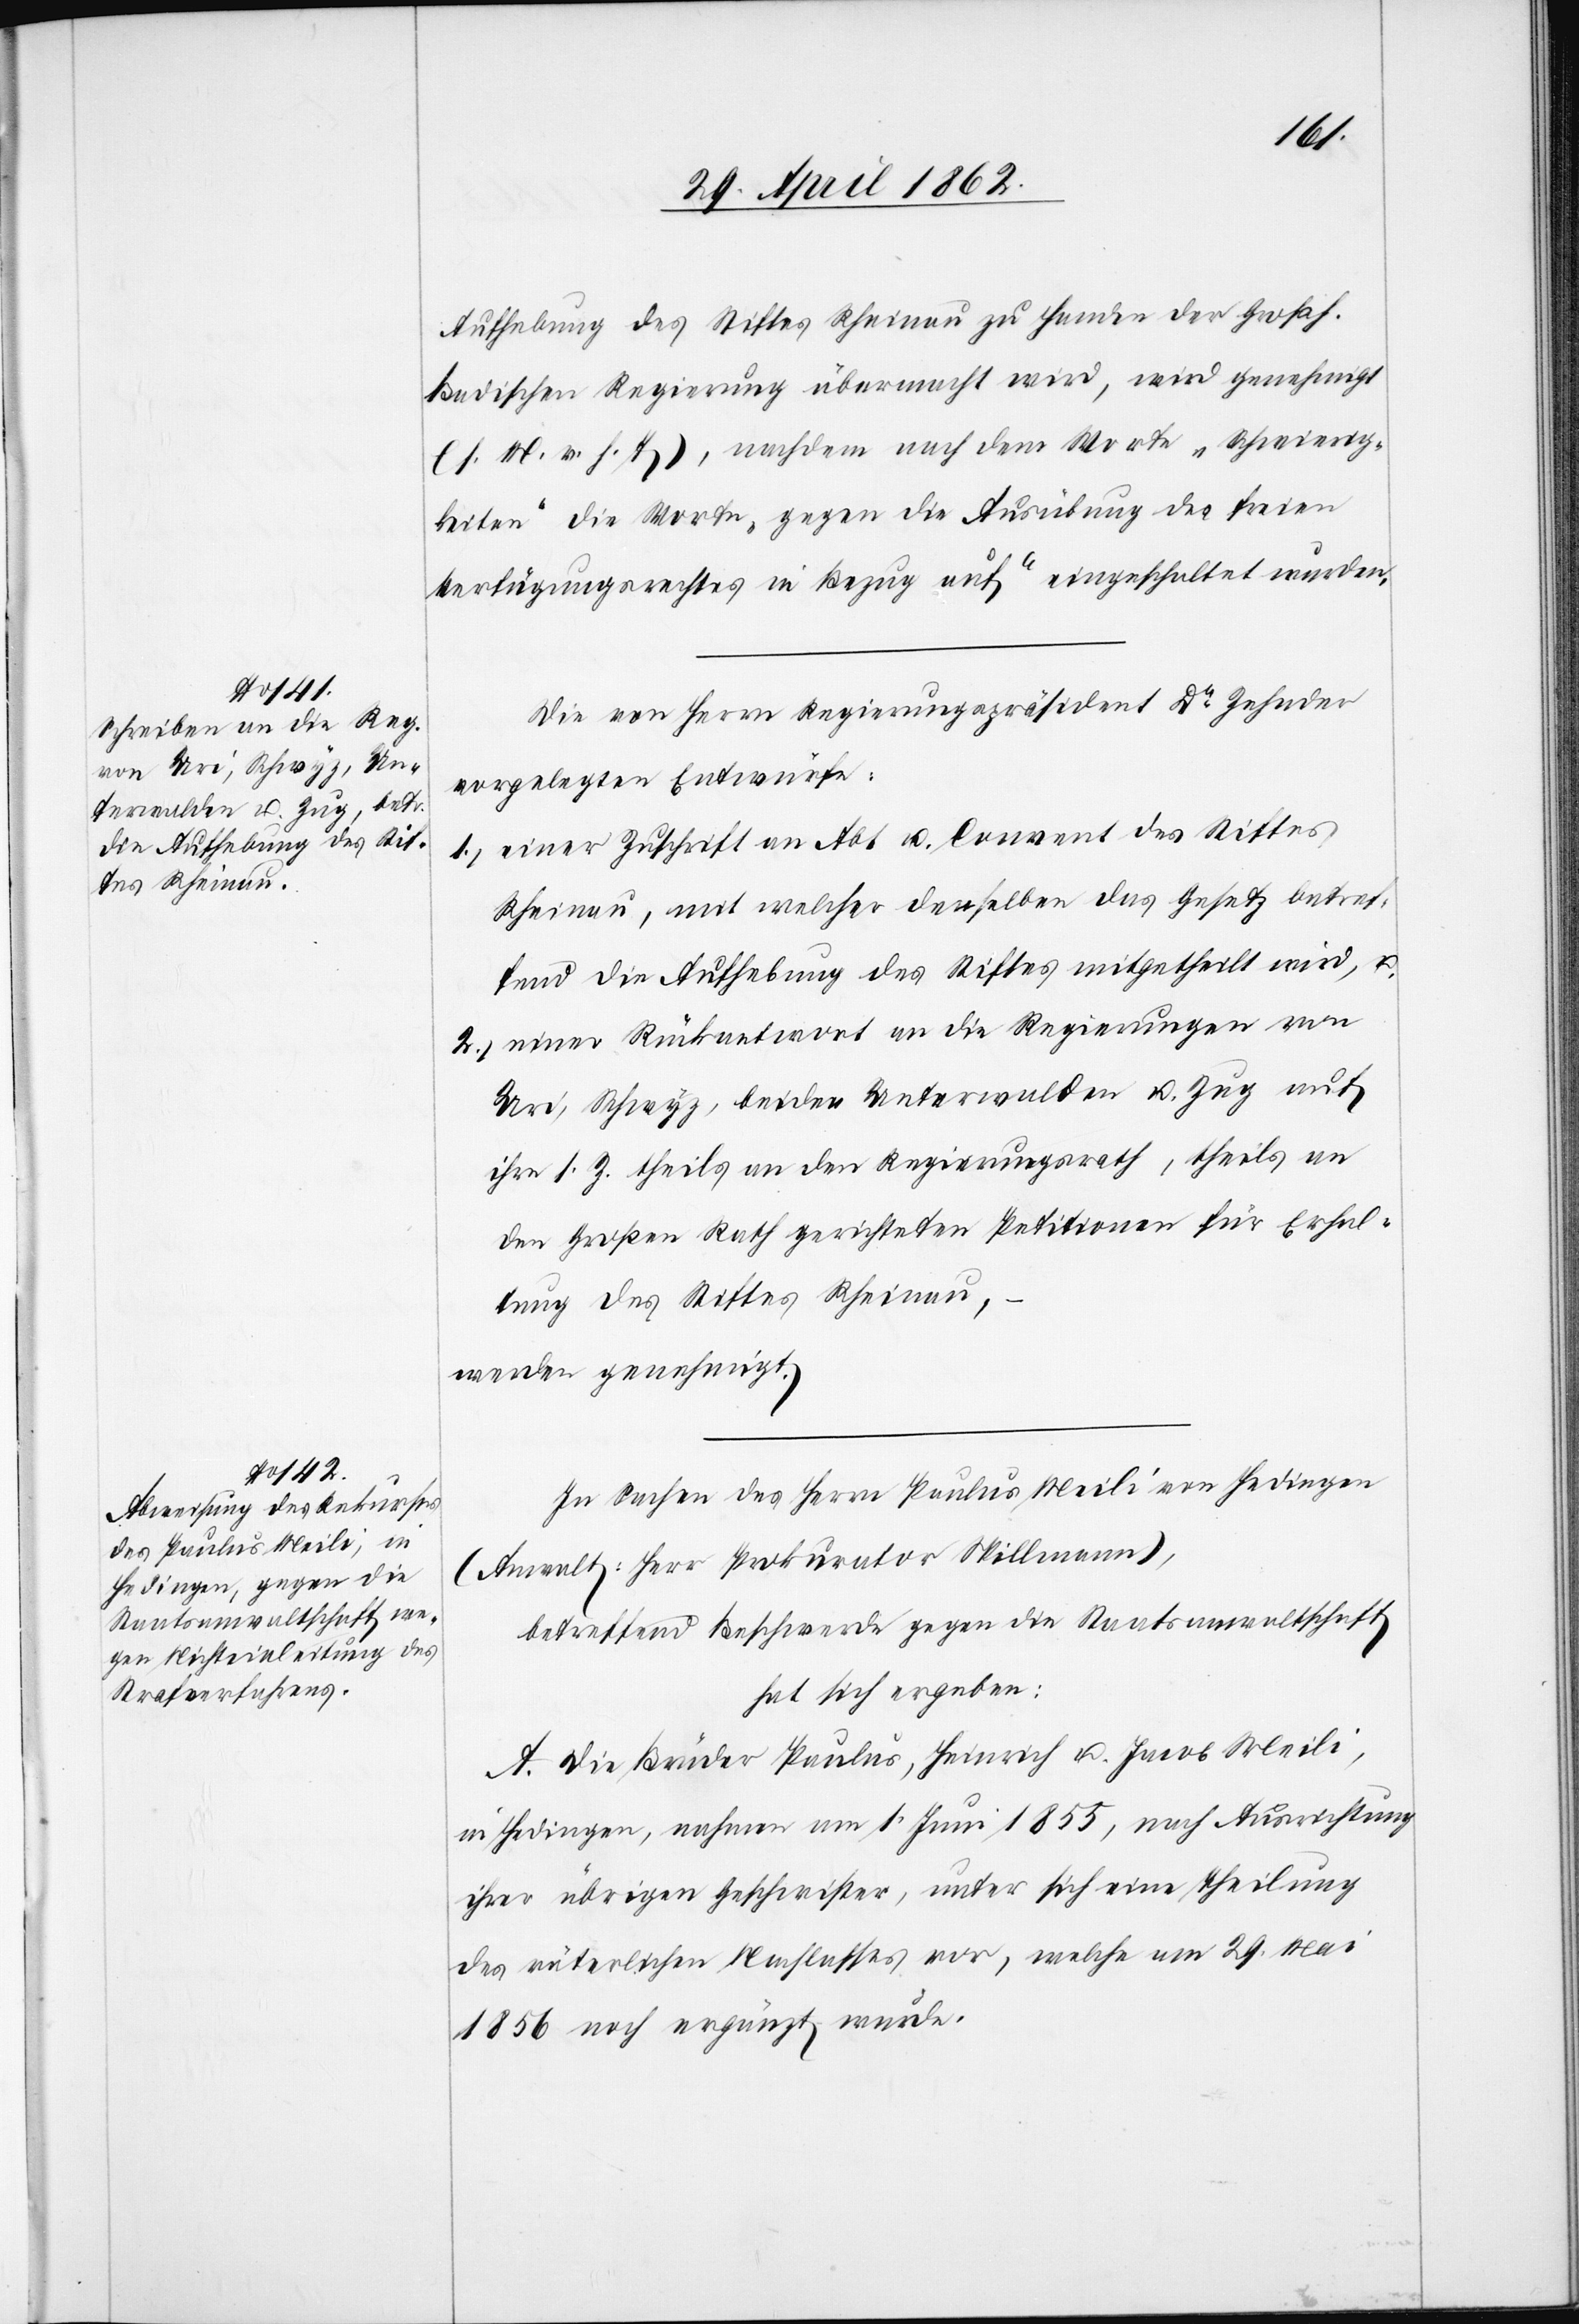
Aufhebung des Stiftes Rheinau zu Handen der Großh.
Badischen Regierung übermacht wird, wird genehmigt
(l. M. v. H. T.), nachdem nach dem Worte „Schwierig¬
keiten“ die Worte „gegen die Ausübung des freien
Verfügungsrechtes in Bezug auf“ eingeschaltet wurden.
Die von Herrn Regierungspräsident Dr. Zehnder
vorgelegten Entwürfe:
1) einer Zuschrift an Abt u. Convent des Stiftes
Rheinau, mit welcher derselben das Gesetz betref¬
fend die Aufhebung des Stiftes mitgetheilt wird,
2) einer Rückantwort an die Regierungen von
Uri, Schwyz, beider Unterwalden u. Zug auf
ihre s. Z. theils an den Regierungsrath, theils an
den Großen Rath gerichteten Petitionen für Erhal¬
tung des Stiftes Rheinau,
werden genehmigt.
In Sachen des Herrn Paulus Meili von Hedingen
(Anwalt: Herr Prokurator Spillmann),
betreffend Beschwerde gegen die Staatsanwaltschaft
hat sich ergeben:
A. Die Brüder Paulus, Heinrich u. Jacob Meili,
in Hedingen, nahmen am 1. Juni 1855, nach Ausrichtung
ihrer übrigen Geschwister, unter sich eine Theilung
des väterlichen Nachlasses vor, welche am 29. Mai
1856 noch ergänzt wurde.